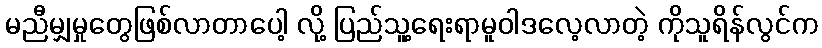
မညီမျှမှုတွေဖြစ်လာတာပေါ့ လို့ ပြည်သူ့ရေးရာမူဝါဒလေ့လာတဲ့ ကိုသူရိန်လွင်က